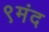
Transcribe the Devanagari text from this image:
९मंद